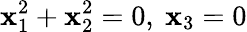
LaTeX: \mathbf{x}_{1}^{2}+\mathbf{x}_{2}^{2}=0,\ \mathbf{x}_{3}=0